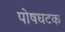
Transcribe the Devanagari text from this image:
पोषघटक